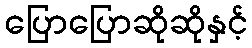
ပြောပြောဆိုဆိုနှင့်